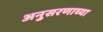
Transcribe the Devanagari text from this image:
अनुसरणाच्या